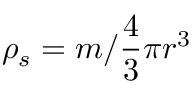
\rho _ { s } = m / { \frac { 4 } { 3 } } \pi r ^ { 3 }